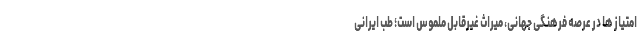
امتیاز ها در عرصه فرهنگی جهانی، میراث غیرقابل ملموس است؛ طب ایرانی